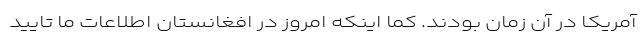
آمریکا در آن زمان بودند. کما اینکه امروز در افغانستان اطلاعات ما تایید